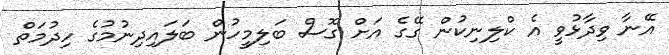
އޭނާ ވިދާޅުވީ އެ ކްލިނިކުން ގޭގެ އަށް ގޮސް ބަލިމީހުން ބަލައިދިނުމުގެ ހިދުމަތް